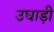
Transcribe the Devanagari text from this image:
उघाड़ी